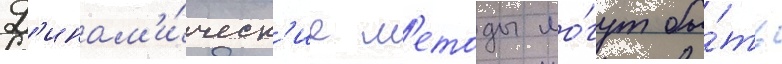
Д'инам'и́ческ'ие м'етоды мо́гут бы́ть